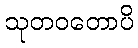
သုတဝတောပိ